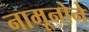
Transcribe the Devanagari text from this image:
नामूनोने